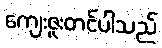
ကျေးဇူးတင်ပါသည်